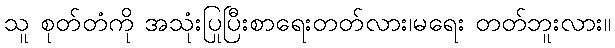
သူ စုတ်တံကို အသုံးပြုပြီးစာရေးတတ်လား၊မရေး တတ်ဘူးလား။